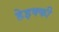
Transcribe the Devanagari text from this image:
हेइक्की